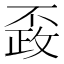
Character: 𰀚